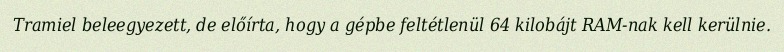
Tramiel beleegyezett, de előírta, hogy a gépbe feltétlenül 64 kilobájt RAM-nak kell kerülnie.